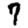
Digit: 7